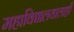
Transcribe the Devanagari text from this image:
महाविद्यालयालाही